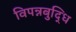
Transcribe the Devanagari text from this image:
विपन्नबुद्धि